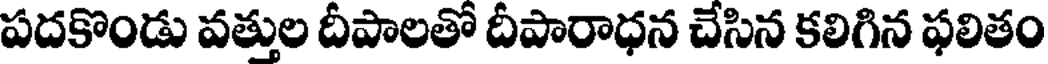
పదకొండు వత్తుల దీపాలతో దీపారాధన చేసిన కలిగిన ఫలితం